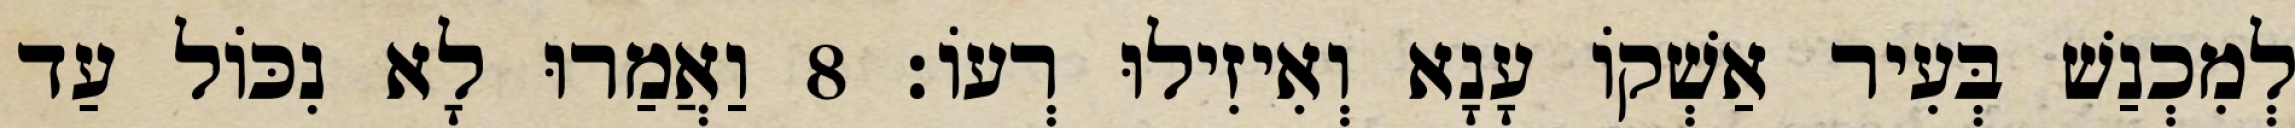
לְמִכְנַשׁ בְּעִיר אַשְׁקוֹ עָנָא וְאִיזִילוּ רְעוֹ׃ 8 וַאֲמַרוּ לָא נִכּוֹל עַד